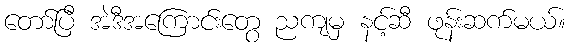
တော်ပြီ အဲဒီအကြောင်းတွေ ညကျမှ နင့်ဆီ ဖုန်းဆက်မယ်။